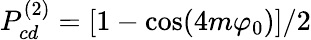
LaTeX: P_{cd}^{(2)}=[1-\cos(4m\varphi_{0})]/2